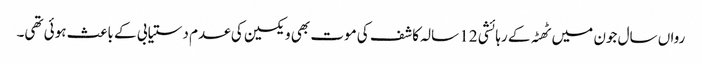
رواں سال جون میں ٹھٹہ کے رہائشی 12 سالہ کاشف کی موت بھی ویکسین کی عدم دستیابی کے باعث ہوئی تھی۔